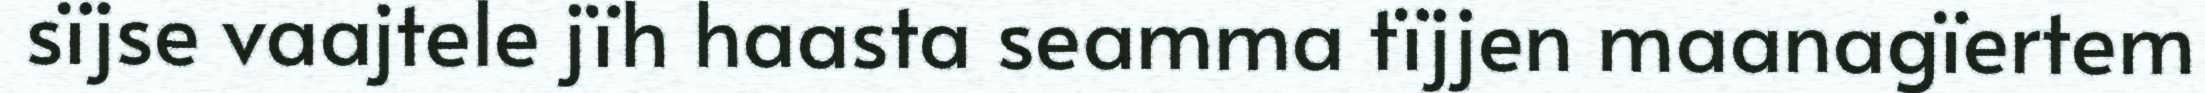
sïjse vaajtele jïh haasta seamma tïjjen maanagïertem